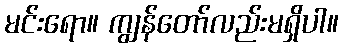
မင်းရော။ ကျွန်တော်လည်းမရှိပါ။